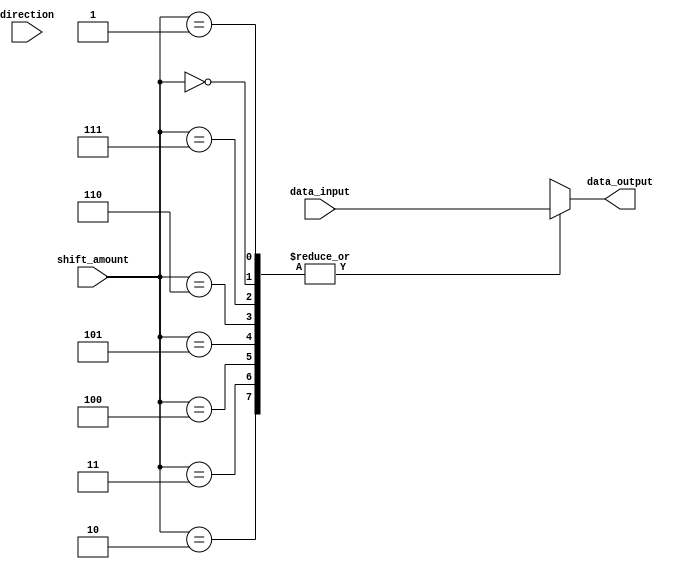
module BarrelShifter (
    input [7:0] data_input, // 8-bit binary word to be shifted
    input [2:0] shift_amount, // Amount of shift (0-7 positions)
    input direction, // 1 for right shift, 0 for left shift
    output reg [7:0] data_output // Shifted binary word output
);

always @(*) begin
    if(direction == 1) begin // Right shift
        case(shift_amount)
            3'd0: data_output = data_input; // No shift
            3'd1: data_output = {data_input[7], data_input[0:6]}; // Shift by 1 position
            3'd2: data_output = {data_input[6:7], data_input[0:5]}; // Shift by 2 positions
            3'd3: data_output = {data_input[5:7], data_input[0:4]}; // Shift by 3 positions
            3'd4: data_output = {data_input[4:7], data_input[0:3]}; // Shift by 4 positions
            3'd5: data_output = {data_input[3:7], data_input[0:2]}; // Shift by 5 positions
            3'd6: data_output = {data_input[2:7], data_input[0:1]}; // Shift by 6 positions
            3'd7: data_output = {data_input[1:7], data_input[0]}; // Shift by 7 positions
        endcase
    end
    else begin // Left shift
        case(shift_amount)
            3'd0: data_output = data_input; // No shift
            3'd1: data_output = {data_input[1:7], data_input[0]}; // Shift by 1 position
            3'd2: data_output = {data_input[2:7], data_input[0:1]}; // Shift by 2 positions
            3'd3: data_output = {data_input[3:7], data_input[0:2]}; // Shift by 3 positions
            3'd4: data_output = {data_input[4:7], data_input[0:3]}; // Shift by 4 positions
            3'd5: data_output = {data_input[5:7], data_input[0:4]}; // Shift by 5 positions
            3'd6: data_output = {data_input[6:7], data_input[0:5]}; // Shift by 6 positions
            3'd7: data_output = {data_input[7], data_input[0:6]}; // Shift by 7 positions
        endcase
    end
end

endmodule